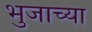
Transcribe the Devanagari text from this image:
भुजाच्या